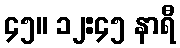
၄၅။ ၁၂:၄၅ နာရီ